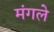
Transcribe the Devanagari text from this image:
मंगले